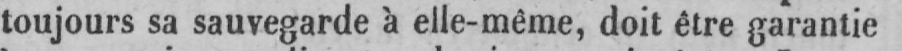
toujours sa sauvegarde à elle-même, doit être garantie